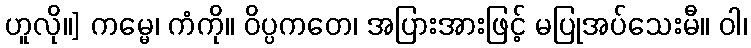
ဟူလို။] ကမ္မေ၊ ကံကို။ ဝိပ္ပကတေ၊ အပြားအားဖြင့် မပြုအပ်သေးမီ။ ဝါ၊